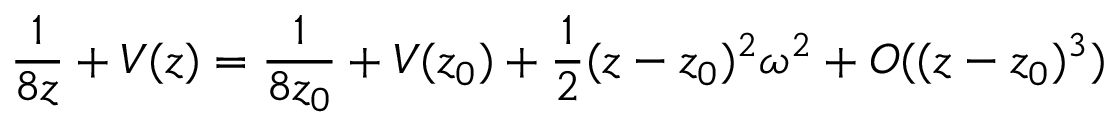
\frac { 1 } { 8 z } + V ( z ) = \frac { 1 } { 8 z _ { 0 } } + V ( z _ { 0 } ) + \frac 1 2 ( z - z _ { 0 } ) ^ { 2 } \omega ^ { 2 } + O ( ( z - z _ { 0 } ) ^ { 3 } )